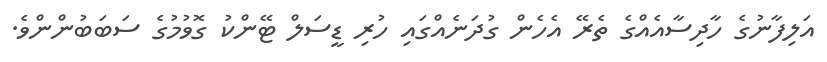
އަލިފާނުގެ ހާދިސާއެއްގެ ތެރޭ އެހެން ގުދަނެއްގައި ހުރި ޑީސަލް ޓޭންކު ގޮވުމުގެ ސަބަބުންންވެ.